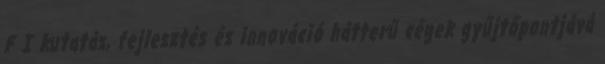
F I kutatás, fejlesztés és innováció hátterű cégek gyűjtőpontjává